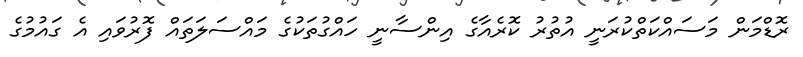
ރޮޑްމަން މަސައްކަތްކުރަނީ އުތުރު ކޮރެއާގެ އިންސާނީ ހައްގުތަކުގެ މައްސަލަތައް ފޮރުވައި އެ ގައުމުގެ